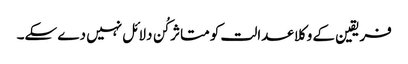
فریقین کے وکلا عدالت کو متاثر کُن دلائل نہیں دے سکے۔